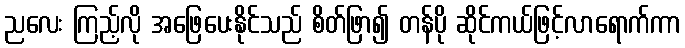
ညလေး ကြည့်လို အဖြေပေးနိုင်သည် စိတ်ဖြာ၍ တန်ပို ဆိုင်ကယ်ဖြင့်လာရောက်ကာ